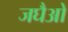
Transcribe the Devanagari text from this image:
जघैओ